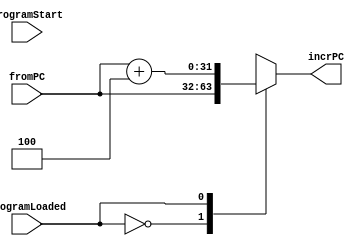
/*------------------------------------------------------------------ 
-- Haley Whitman & Andrew Hill
-- May 2016
-- CAES: Computer Architecture and Embedded Systems Laboratory
-- University of Oregon
-- Eugene, OR
-- 
--  
-- Filename: PC_Adder.v
--
-----------------------------------------------------------------*/

module PC_Adder(
	input[31:0] fromPC,
	input programLoaded,
	input programStart,
	//input programFinished,
	output reg[31:0] incrPC
	);


always@(*)begin
	case(programLoaded)
		1'b0: incrPC = fromPC;
		1'b1: 
		//begin if(programFinished == 0)
				incrPC = fromPC + 4;
				//else if(programFinished)
				//	incrPC = fromPC;
				//end
		default: incrPC = fromPC + 100;

	endcase

end


endmodule